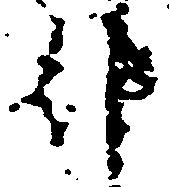
都